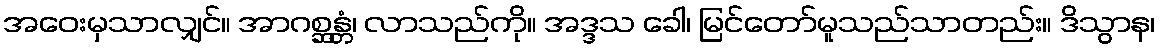
အဝေးမှသာလျှင်။ အာဂစ္ဆန္တံ၊ လာသည်ကို။ အဒ္ဒသ ခေါ၊ မြင်တော်မူသည်သာတည်း။ ဒိသွာန၊